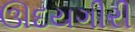
ઊદયગીરી